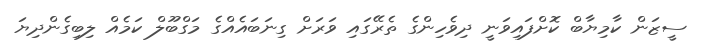
ސީޒަން ކާމިޔާބް ކޮށްފައިވަނީ ދިވެހިންގެ ތެރޭގައި ވަރަށް ގިނަބައެއްގެ މަގްބޫލް ކަމެއް ލިބިގެންދިޔަ